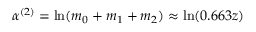
\alpha ^ { ( 2 ) } = \ln ( m _ { 0 } + m _ { 1 } + m _ { 2 } ) \approx \ln ( 0 . 6 6 3 z )